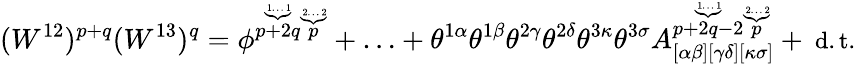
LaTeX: (W^{12})^{p+q}(W^{13})^{q}=\phi^{\stackrel{\underbrace{\mathrm{\scriptsize~1\ldots~1}}}{p+2q}\stackrel{\underbrace{\mathrm{\scriptsize~2\ldots~2}}}{p}}+\ldots+\theta^{1\alpha}\theta^{1\beta}\theta^{2\gamma}\theta^{2\delta}\theta^{3\kappa}\theta^{3\sigma}A_{[\alpha\beta][\gamma\delta][\kappa\sigma]}^{\stackrel{\underbrace{\mathrm{\scriptsize~1\ldots~1}}}{p+2q-2}\stackrel{\underbrace{\mathrm{\scriptsize~2\ldots~2}}}{p}}+\mathrm{\small~d.t.}